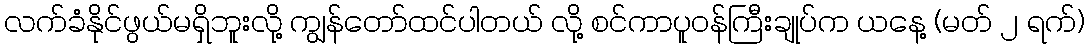
လက်ခံနိုင်ဖွယ်မရှိဘူးလို့ ကျွန်တော်ထင်ပါတယ် လို့ စင်ကာပူဝန်ကြီးချုပ်က ယနေ့ (မတ် ၂ ရက်)